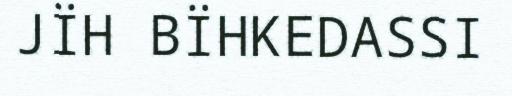
JÏH BÏHKEDASSI